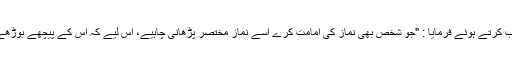
” پھر آپ ص نے عمومی انداز میں خطاب کرتے ہوئے فرمایا : "جو شخص بھی نماز کی امامت کرے اسے نماز مختصر پڑھانی چاہیے، اس لیے کہ اس کے پیچھے بوڑھے، کم زور، عورتیں اور بچے ہوتے ہیں۔